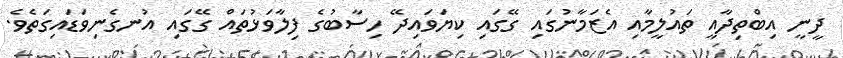
ދީނީ އިބްތިދާއީ ތައުލީމާއި އެޒަމާނުގައި ގޭގައި ކިޔަވައިދޭ ހިސާބުގެ ފިލާވަޅުތައް ގޭގައި އުނގެނިވަޑައިގަތެވެ.